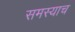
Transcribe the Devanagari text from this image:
समस्याच